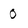
Character: 0